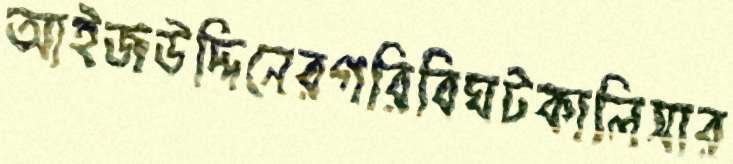
আইজউদ্দিনেরগরিবিঘটকালিসার